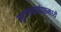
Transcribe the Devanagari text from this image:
गुरुत्वाकर्षणामध्ये